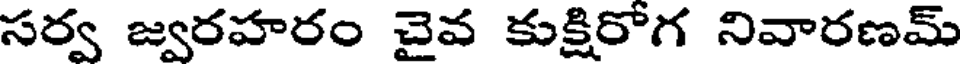
సర్వ జ్వరహరం చైవ కుక్షిరోగ నివారణమ్